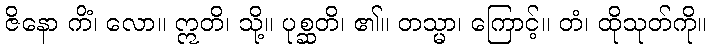
ဇိနော ကိံ၊ လော။ ဣတိ၊ သို့။ ပုစ္ဆတိ၊ ၏။ တသ္မာ၊ ကြောင့်။ တံ၊ ထိုသုတ်ကို။